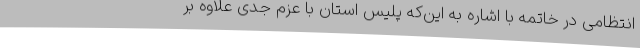
انتظامی در خاتمه با اشاره به این‌که پلیس استان با عزم جدی علاوه بر